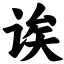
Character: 诶